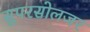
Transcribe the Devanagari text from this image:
सुपरसोलजर